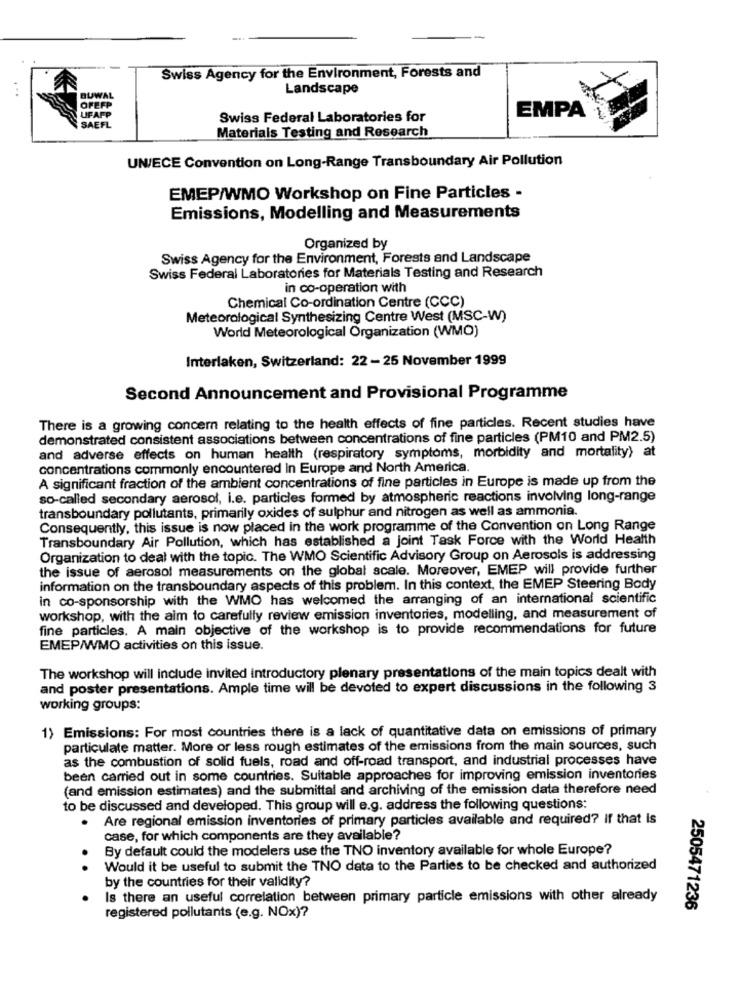
Swiss Agency for the Environment, Forests and
Landscape
BUWAL
OFEFP
UFA
Swiss Federal Laboratories for
EMPA
SAEFL
Materials Testing and Research
UNECE Convention on Long-Range Transboundary Air Pollution
EMEP/WMO Workshop on Fine Particles -
Emissions, Modelling and Measurements
Organized by
Swiss Agency for the Environment, Forests and Landscape
Swiss Federal Laboratories for Materials Testing and Research
in co-operation with
Chemical Co-ordination Centre (CCC)
Meteorological Synthesizing Centre West (MSC-W)
World Meteorological Organization (WMO)
Interlaken, Switzerland: 22 - 25 November 1999
Second Announcement and Provisional Programme
There is a growing concern relating to the health effects of fine particles. Recent studies have
demonstrated consistent associations between concentrations of fine particles (PM10 and PM2.5)
and adverse effects on human health (respiratory symptoms, morbidity and mortality) at
concentrations commonly encountered in Europe and North America.
A significant fraction of the ambient concentrations of fine particles in Europe is made up from the
so-called secondary aerosol, i.e. particles formed by atmospheric reactions involving long-range
transboundary pollutants, primarily oxides of sulphur and nitrogen as well as ammonia.
Consequently, this issue is now placed in the work programme of the Convention on Long Range
Transboundary Air Pollution, which has established a joint Task Force with the World Health
Organization to deal with the topic. The WMO Scientific Advisory Group on Aerosols is addressing
the issue of aerosol measurements on the global scale. Moreover, EMEP will provide further
information on the transboundary aspects of this problem. In this context, the EMEP Steering Body
in co-sponsorship with the WMO has welcomed the arranging of an international scientific
workshop, with the aim to carefully review emission inventories, modelling, and measurement of
fine particles. A main objective of the workshop is to provide recommendations for future
EMEP/WMO activities on this issue.
The workshop will include invited introductory plenary presentations of the main topics dealt with
and poster presentations. Ample time will be devoted to expert discussions in the following 3
working groups:
1) Emissions: For most countries there is a lack of quantitative data on emissions of primary
particulate matter. More or less rough estimates of the emissions from the main sources, such
as the combustion of solid fuels, road and off-road transport, and industrial processes have
been carried out in some countries. Suitable approaches for improving emission inventories
(and emission estimates) and the submittal and archiving of the emission data therefore need
to be discussed and developed. This group will e.g. address the following questions:
Are regional emission inventories of primary particles available and required? If that Is
case, for which components are they available?
By default could the modelers use the TNO inventory available for whole Europe?
.
Would it be useful to submit the TNO data to the Parties to be checked and authorized
by the countries for their validity?
Is there an useful correlation between primary particle emissions with other already
2505471236
registered pollutants (e.g. NOx)?